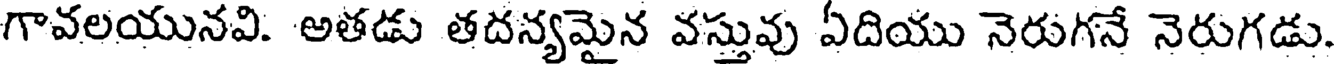
గావలయునవి. అతడు తదన్యమైన వస్తువు ఏదియు నెరుగనే నెరుగడు.